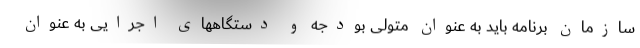
سازمان برنامه باید به عنوان متولی بودجه و دستگاههای اجرایی به عنوان